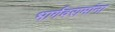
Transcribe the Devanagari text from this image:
भार्गवरामांना